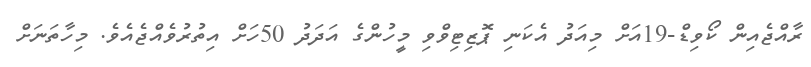
ރާއްޖެއިން ކޯވިޑް-19އަށް މިއަދު އެކަނި ޕޮޒިޓިވްވި މީހުންގެ އަދަދު 50ހަށް އިތުރުވެއްޖެއެވެ. މިހާތަނަށް